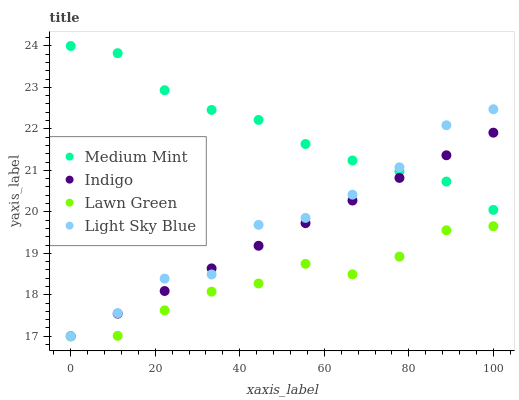
| xaxis_label | Medium Mint | Indigo | Lawn Green | Light Sky Blue |
 | --- | --- | --- | --- | --- |
 | 0 | 24 | 17 | 17 | 17 |
 | 11.1 | 23.8 | 17.5 | 17 | 17.6 |
 | 22.2 | 22.9 | 18.1 | 17.6 | 18.4 |
 | 33.3 | 22.5 | 18.6 | 18.1 | 18.5 |
 | 44.4 | 22.2 | 19.2 | 18.3 | 19.7 |
 | 55.6 | 21.6 | 19.7 | 18.7 | 19.9 |
 | 66.7 | 21.2 | 20.3 | 18.5 | 20.4 |
 | 77.8 | 21 | 20.8 | 18.9 | 21.1 |
 | 88.9 | 20.7 | 21.4 | 19.6 | 22.1 |
 | 100 | 20 | 21.9 | 19.7 | 22.5 |